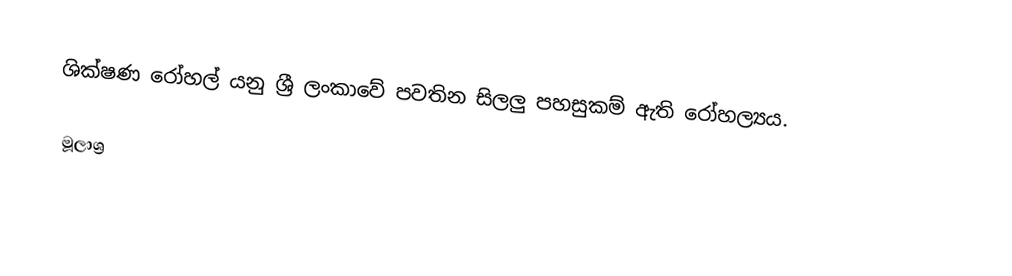
ශික්ෂණ රෝහල් යනු ශ්‍රී ලංකාවේ පවතින සිලලු පහසුකම් ඇති රෝහල්‍යය.

මූලාශ්‍ර